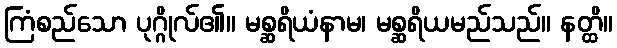
ကြံစည်သော ပုဂ္ဂိုလ်၏။ မစ္ဆရိယံနာမ၊ မစ္ဆရိယမည်သည်။ နတ္ထိ။